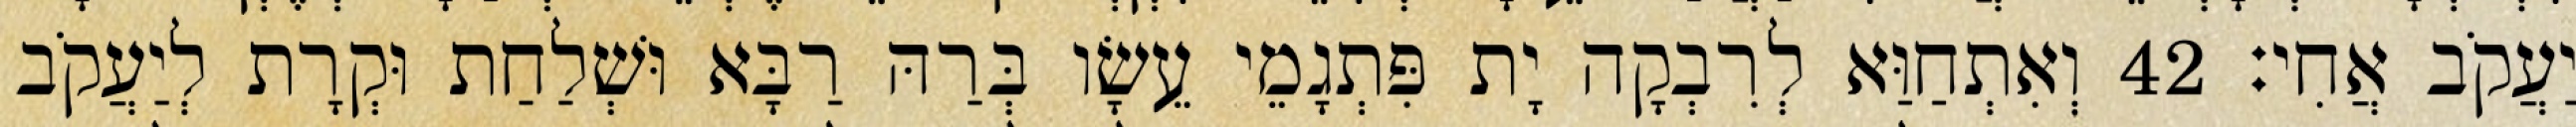
יַעֲקֹב אֲחִי׃ 42 וְאִתְחַוַּא לְרִבְקָה יָת פִּתְגָמֵי עֵשָׂו בְּרַהּ רַבָּא וּשְׁלַחַת וּקְרָת לְיַעֲקֹב